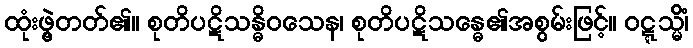
ထုံးဖွဲ့တတ်၏။ စုတိပဋိသန္ဓိဝသေန၊ စုတိပဋိသန္ဓေ၏အစွမ်းဖြင့်။ ဝဋ္ဋသ္မိံ၊